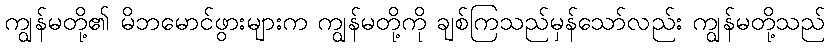
ကျွန်မတို့၏ မိဘမောင်ဖွားများက ကျွန်မတို့ကို ချစ်ကြသည်မှန်သော်လည်း ကျွန်မတို့သည်